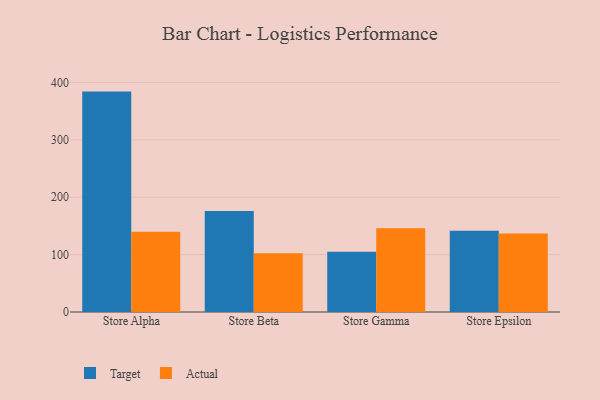
{"axis": {"x": "Store", "y": "Conversion Rate (%)"}, "legend": ["Actual", "Target"], "data": [{"x": "Store Alpha", "y": 384.1, "type": "Target"}, {"x": "Store Alpha", "y": 139.7, "type": "Actual"}, {"x": "Store Beta", "y": 175.8, "type": "Target"}, {"x": "Store Beta", "y": 102.4, "type": "Actual"}, {"x": "Store Gamma", "y": 105.0, "type": "Target"}, {"x": "Store Gamma", "y": 145.8, "type": "Actual"}, {"x": "Store Epsilon", "y": 141.8, "type": "Target"}, {"x": "Store Epsilon", "y": 136.6, "type": "Actual"}]}